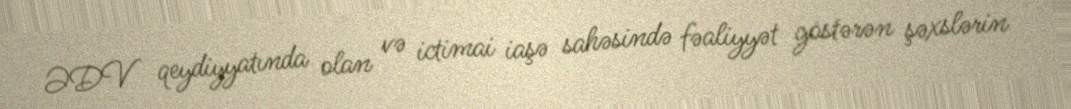
ƏDV qeydiyyatında olan və ictimai iaşə sahəsində fəaliyyət göstərən şəxslərin